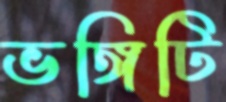
ভঙ্গিটি